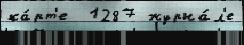
ка́рт'е  1287 журна́л'е